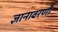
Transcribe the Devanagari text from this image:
ज्ञानावरणी